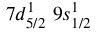
7 d _ { 5 / 2 } ^ { 1 } \, \, 9 s _ { 1 / 2 } ^ { 1 }